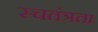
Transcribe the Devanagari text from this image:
स्चतंत्रता